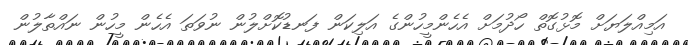
އަމިއްލަޔަށް މޮޅުގޮތް ހޯދުމަށް އެހެންމީހުންގެ އަލިކަން ފަނޑުކޮށްލުން ނުވަތަ އެހެން މީހުން ނައްތާލުން